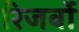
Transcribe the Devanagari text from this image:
रिजर्वो